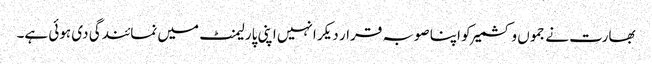
بھارت نے جموں و کشمیر کو اپنا صوبہ قرار دیکر انہیں اپنی پارلیمنٹ میں نمائندگی دی ہوئی ہے۔